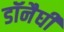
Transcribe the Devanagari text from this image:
डॉनैघी